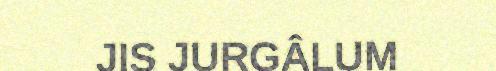
JIS JURGÂLUM